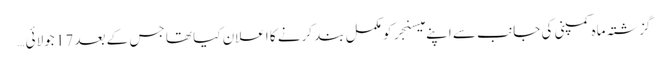
گزشتہ ماہ کمپنی کی جانب سے اپنے میسنجر کو مکمل بند کرنے کا اعلان کیا تھا جس کے بعد 17 جولائی …